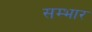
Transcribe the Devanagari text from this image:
सम्भार